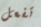
تفعل